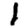
Digit: 1